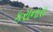
કરાનારા